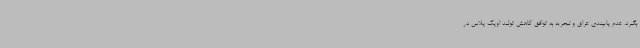
بگیرد. عدم پایبندی عراق و نیجریه به توافق کاهش تولید اوپک پلاس در